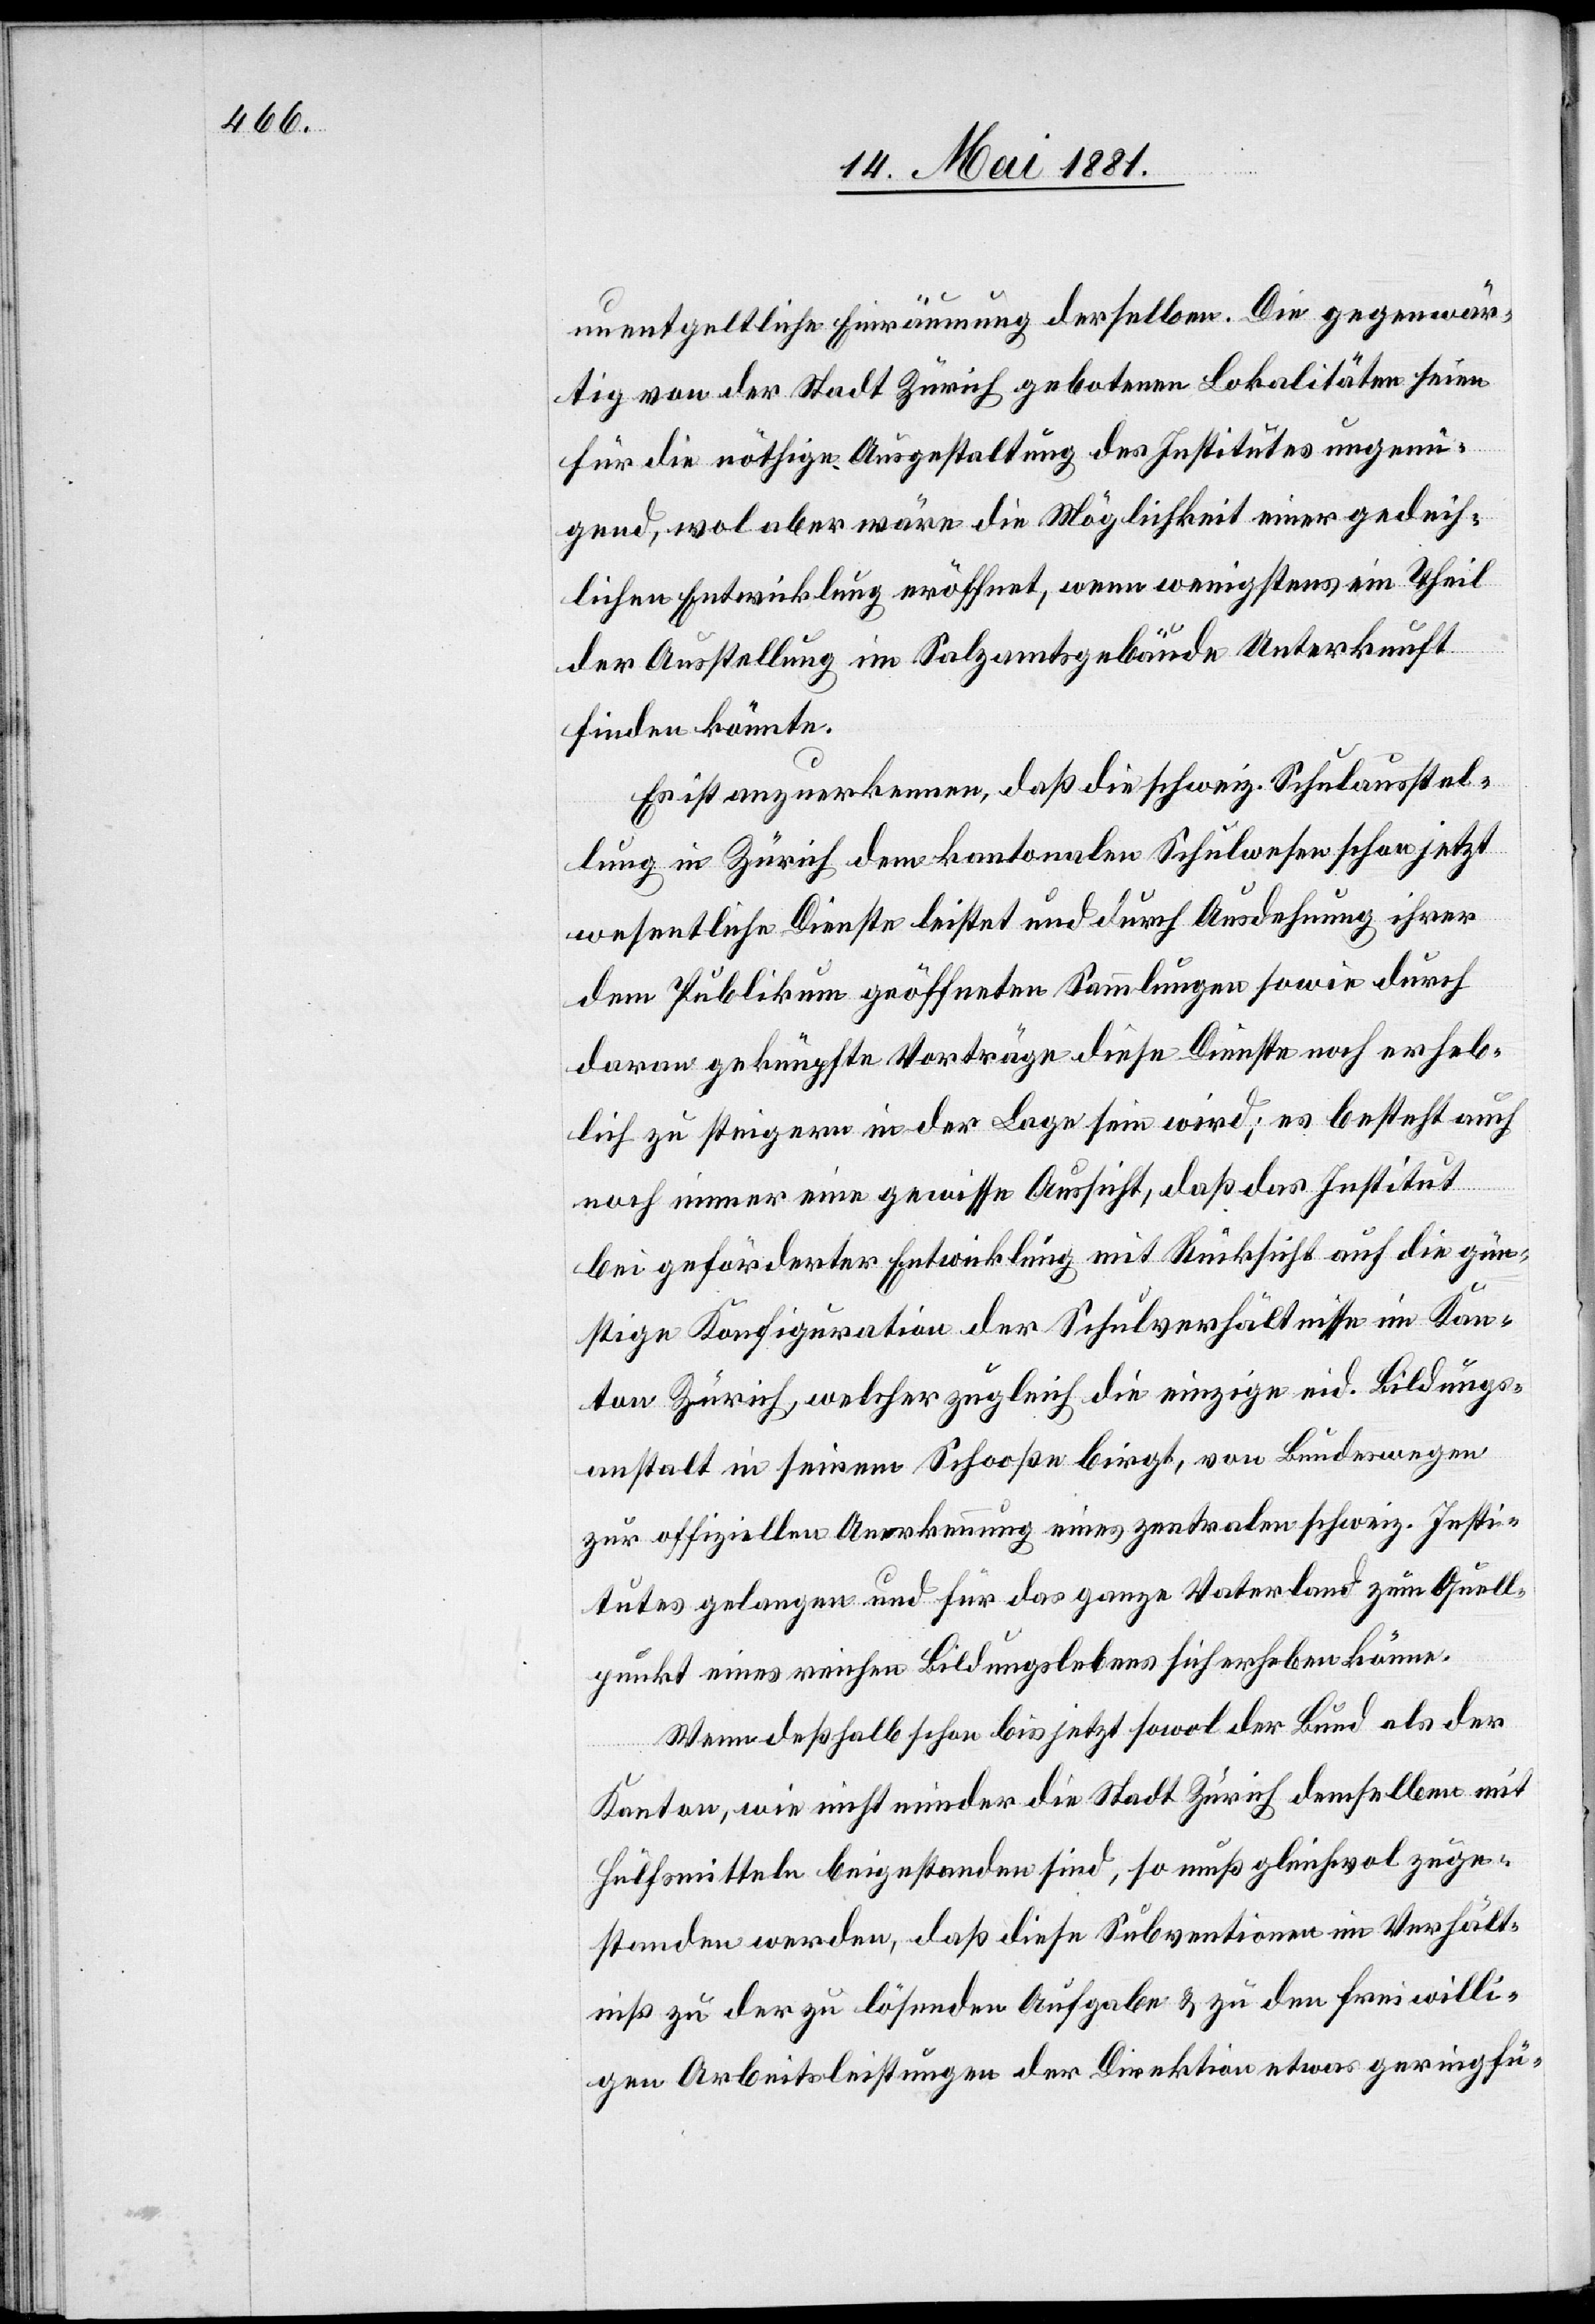
unentgeltliche Einräumung derselben. Die gegenwär¬
tig von der Stadt Zürich gebotenen Lokalitäten seien
für die nöthige Ausgestaltung des Institutes ungenü¬
gend, wol aber wäre die Möglichkeit einer gedeih¬
lichen Entwicklung eröffnet, wenn wenigstens ein Theil
der Ausstellung im Salzamtsgebäude Unterkunft
finden könnte.
Es ist anzuerkennen, daß die schweiz. Schulausstel¬
lung in Zürich dem kantonalen Schulwesen schon jetzt
wesentliche Dienste leistet und durch Ausdehnung ihrer
dem Publikum geöffneten Sammlungen sowie durch
daran geknüpfte Vorträge diese Dienste noch erheb¬
lich zu steigern in der Lage sein wird; es besteht auch
noch immer eine gewisse Aussicht, daß das Institut
bei geförderter Entwicklung mit Rücksicht auf die gün¬
stige Konfiguration der Schulverhältnisse im Kan¬
ton Zürich, welcher zugleich die einzige eid. Bildungs¬
anstalt in seinem Schoße birgt, von Bundeswegen
zur offiziellen Anerkennung eines zentralen schweiz. Insti¬
tutes gelangen und für das ganze Vaterland zum Quell¬
punkt eines reichen Bildungslebens sich erheben könne.
Wenn deßhalb schon bis jetzt sowol der Bund als der
Kanton, wie nicht minder Stadt Zürich demselben mit
Hülfsmitteln beigestanden sind, so muß gleichwol zuge¬
standen werden, daß diese Subventionen im Verhält¬
niß zu der zu lösenden Aufgabe & zu den freiwilli¬
gen Arbeitsleistungen der Direktion etwas geringfü-